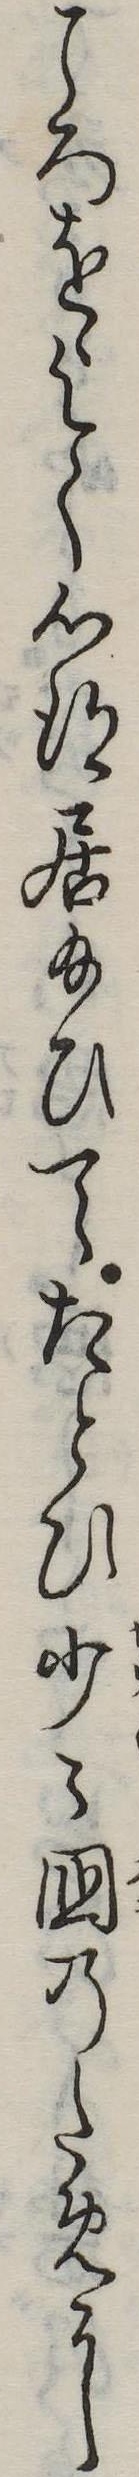
ころをよく心得居給ひてたとひ少国のために